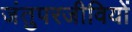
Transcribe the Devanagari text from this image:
जंतुपरजीवियों